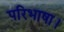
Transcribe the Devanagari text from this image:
परिभाषा।